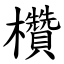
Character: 欑